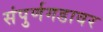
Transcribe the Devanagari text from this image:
संपुर्णगडावर